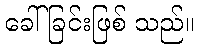
ခေါ်ခြင်းဖြစ် သည်။